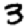
Digit: 3